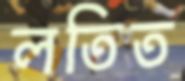
লতিত